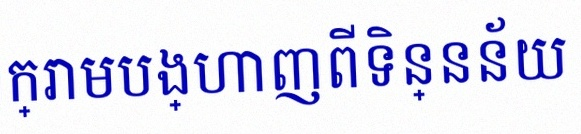
តារាងខាងក្រោមបង្ហាញពីទិន្នន័យ